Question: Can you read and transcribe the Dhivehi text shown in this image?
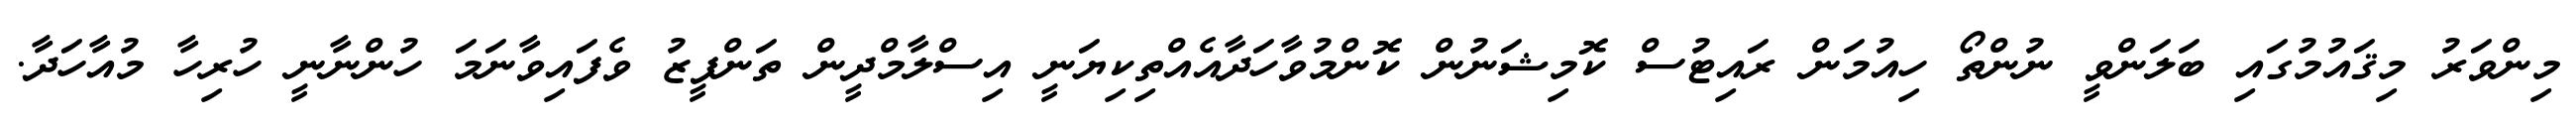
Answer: މިންވަރު މިޤައުމުގައި ބަލަންވީ ނުންތޯ ހިއުމަން ރައިޓުސް ކޮމިޝަނުން ކޮންމުވާހަދާއެއްތިކިޔަނީ އިސްލާމްދީން ތަންފީޒު ވެފައިވާނަމަ ހުންނާނީ ހުރިހާ މުއާހަދާ.